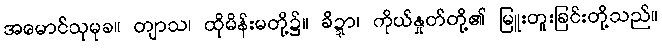
အမောင်သုမုခ။ တျာသ၊ ထိုမိန်းမတို့၌။ ခိဍ္ဍာ၊ ကိုယ်နှုတ်တို့၏ မြူးတူးခြင်းတို့သည်။